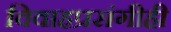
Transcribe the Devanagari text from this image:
विवाहप्रसंगीही